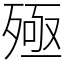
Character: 殛